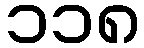
၁၁၈